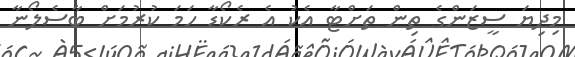
މިދިޔަ ސީޒަންގެ ތިން ތަށްޓާ އެކު އެ ރެކޯޑާ ހަމަ ކުރުމަށް ބާސެލޯނާ